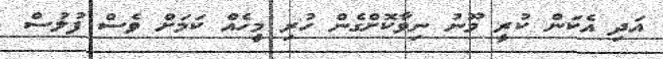
އަދި އެކަން ކުރީ މޫނު ނިވާކޮށްގެން ހުރި މީހެއް ކަމަށް ވެސް ފުލުސް